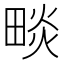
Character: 𤲩